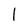
Character: l